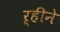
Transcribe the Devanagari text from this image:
ऱ्हीने